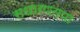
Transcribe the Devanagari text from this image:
सधारणतया